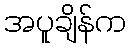
အပူချိန်က